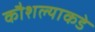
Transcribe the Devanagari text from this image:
कौशल्याकडे